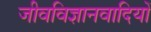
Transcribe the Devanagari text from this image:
जीवविज्ञानवादियों